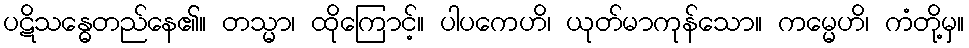
ပဋိသန္ဓေတည်နေ၏။ တသ္မာ၊ ထိုကြောင့်။ ပါပကေဟိ၊ ယုတ်မာကုန်သော။ ကမ္မေဟိ၊ ကံတို့မှ။